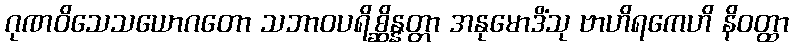
ဂုဏဝိသေသယောဂတော သဘာဝပရိစ္ဆိန္နတ္တာ အနုမောဒိံသု ဗာဟိရကေဟိ နိဝတ္ထာ